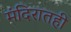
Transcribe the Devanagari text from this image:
मंदिरातही